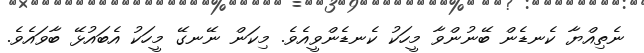
ނެތިއްޔާ ކެނޑެން ބޭނުންވާ މީހަކު ކެނޑެންވީއެވެ. މިކަން ނޭނގޭ މީހަކު އެބައުޅޭ ބާވައެވެ.